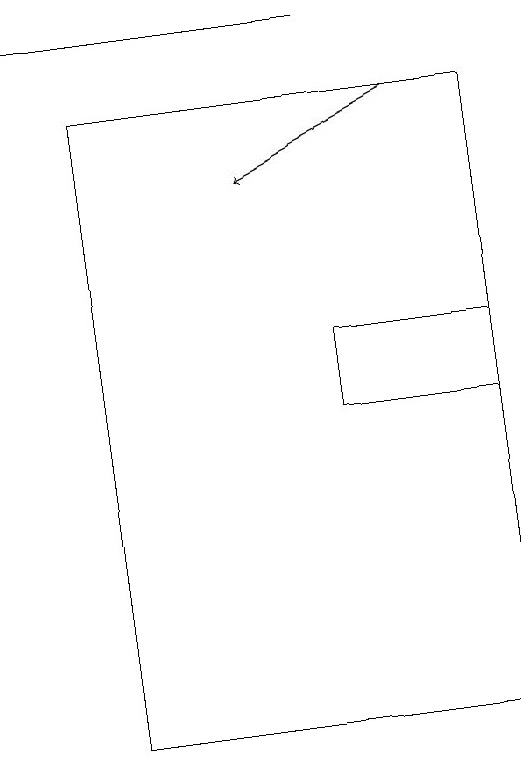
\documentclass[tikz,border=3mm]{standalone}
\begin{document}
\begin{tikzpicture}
\draw (7,19) rectangle (3,19);
\draw (4,18) rectangle (9,10);
\draw (9,15) rectangle (7,14);
\draw[->] (8,18) -- (6,17);
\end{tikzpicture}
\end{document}